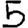
Digit: 5